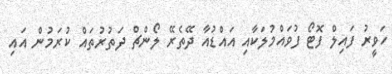
ހަވީރު ފައިލް ފޮޓޯ ފުވައްމުލަކާއި އައްޑުއާ ދޭތެރޭ ލޯންޗް ދަތުރުތައް ކުރަމުން އައި